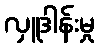
လှူဒါန်းမှု